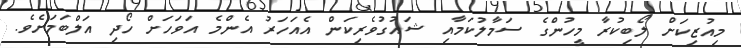
މިއުޒިކަށް ލޯބިކުރާ މީހުންގެ ސަމާލުކަމާއި ޝައުގުވެރިކަން އެއަހަރު އެންމެ އަވަހަށް ހޯދި އަލްބަމަށެވެ.